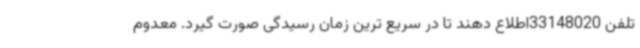
تلفن 33148020اطلاع دهند تا در سریع ترین زمان رسیدگی صورت گیرد. معدوم